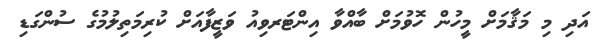
އަދި މި މަޤާމަށް މީހުން ހޮވުމަށް ބާއްވާ އިންޓަރވިއު ވަޒީފާއަށް ކުރިމަތިލުމުގެ ސުންގަޑި